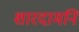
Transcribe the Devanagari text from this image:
शारदामनि